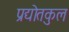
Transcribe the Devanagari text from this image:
प्रद्योतकुल